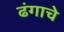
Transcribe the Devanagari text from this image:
ढंगाचे